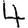
Digit: 4